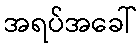
အရပ်အခေါ်